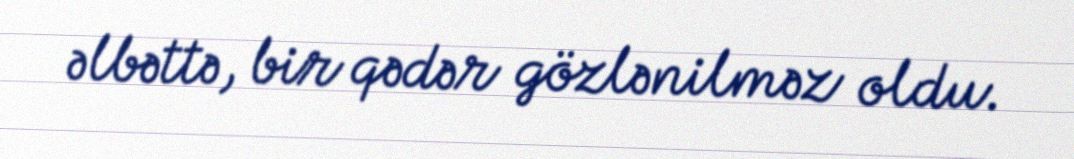
əlbəttə, bir qədər gözlənilməz oldu.